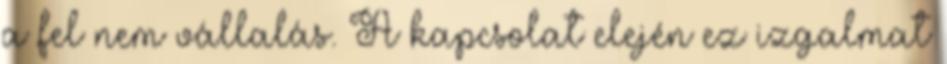
a fel nem vállalás. A kapcsolat elején ez izgalmat